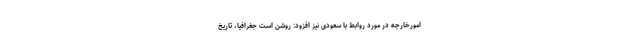
امورخارجه در مورد روابط با سعودی نیز افزود: روشن است جغرافیا، تاریخ